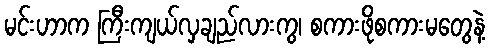
မင်းဟာက ကြီးကျယ်လှချည်လားကွ၊ စကားဖိုစကားမတွေနဲ့